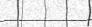
٣٧